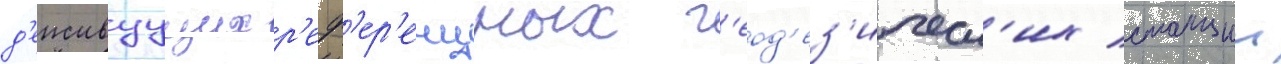
д'еиствуущих р'еф'ер'енцных г'еод'ез'ическ'их станции